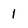
Character: 1